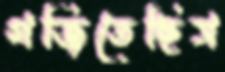
গর্জিতেছিস